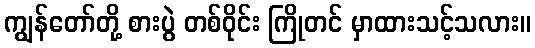
ကျွန်တော်တို့ စားပွဲ တစ်ဝိုင်း ကြိုတင် မှာထားသင့်သလား။